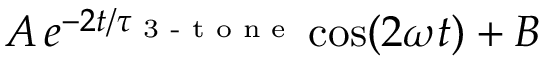
A \, e ^ { - 2 t / \tau _ { \textrm { 3 - t o n e } } } \cos ( 2 \omega t ) + B